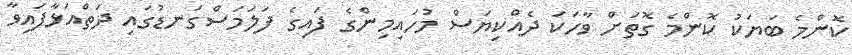
ކޮންމެ ބަޔަކު ކޮންމެ ގޮތަށް ވާހަކަ ދެއްކިޔަސް މުހައިމިންގެ ފައިގެ ފަލަމަސްގަނޑުގައި ދަތްއަޅާފައިވާ